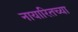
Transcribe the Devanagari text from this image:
नायारितच्या